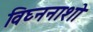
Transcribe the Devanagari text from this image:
विघ्ननाशो